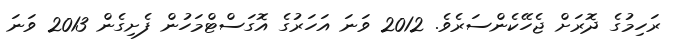
ރަހިމުގެ ދޮރަށް ޖެހޭކެންސަރެވެ. 2012 ވަނަ އަހަރުގެ އޮގަސްޓްމަހުން ފެށިގެން 2013 ވަނަ